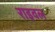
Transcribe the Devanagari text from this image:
राइवल